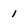
Character: 1